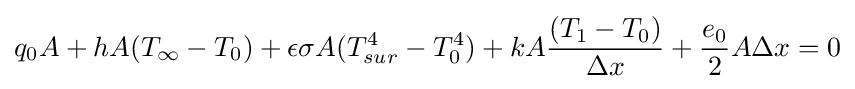
q_{0}A+hA{(T_{\infty }-T_{0})}+\epsilon \sigma A{(T_{sur}^{4}-T_{0}^{4})}+kA{\frac {(T_{1}-T_{0})}{\Delta {x}}}+{\frac {e_{0}}{2}}A\Delta {x}=0